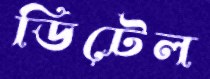
ডিটেল